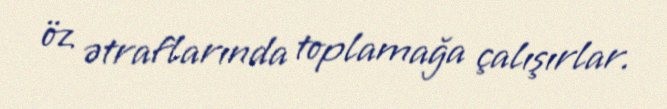
öz ətraflarında toplamağa çalışırlar.